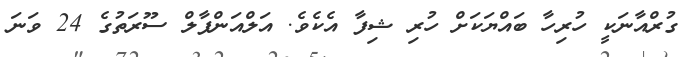
ގުރްއާނަކީ ހުރިހާ ބައްޔަކަށް ހުރި ޝިފާ އެކެވެ. އަލްއަންފާލް ސޫރަތުގެ 24 ވަނަ